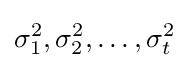
\sigma _{1}^{2},\sigma _{2}^{2},\ldots ,\sigma _{t}^{2}